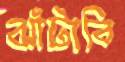
ঝাঁটাবি